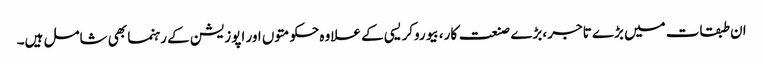
ان طبقات میں بڑے تاجر ،بڑے صنعت کار، بیوروکریسی کے علاوہ حکومتوں اور اپوزیشن کے رہنما بھی شامل ہیں۔